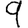
Digit: 9